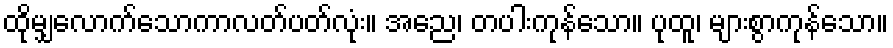
ထိုမျှလောက်သောကာလတ်ပတ်လုံး။ အညေ၊ တပါးကုန်သော။ ပုထူ၊ များစွာကုန်သော။